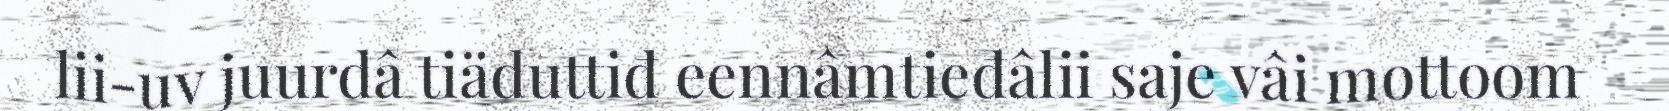
lii-uv juurdâ tiäduttiđ eennâmtieđâlii saje vâi mottoom